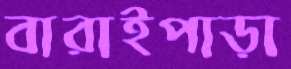
বারাইপাড়া